Leaving Certificate Examination, 1906
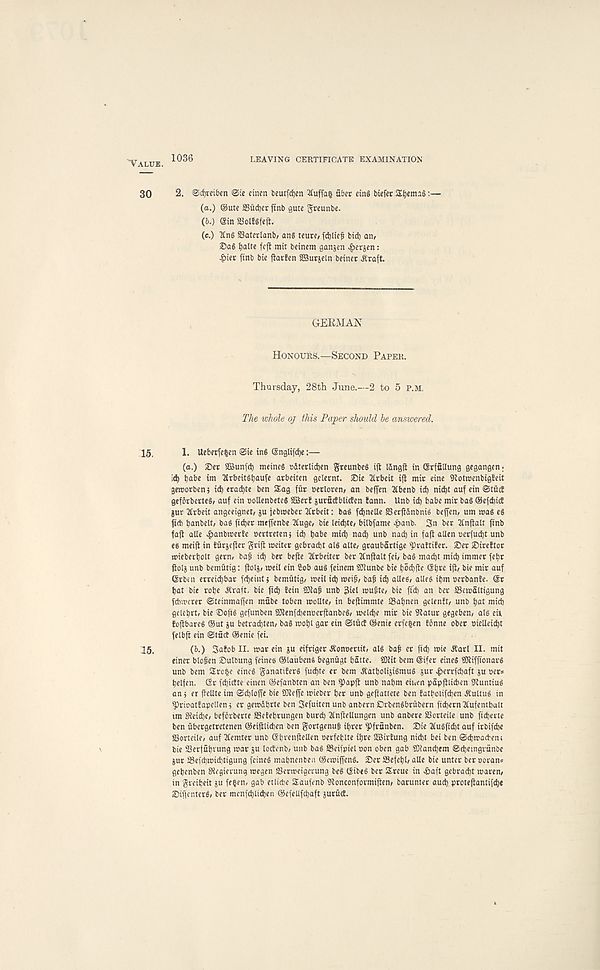
"Value. 1036
LEAVING CERTIFICATE EXAMINATION
30 2. ©cfyreiben ©ie cincn beurfdjen tfuffau fiber eing biefer £fyema§:—
(a.) ©ute SSfi cfyer finb gute greunbe.
(b.) (Sin aiolfSfefl.
(e.) 2Cng SSaterlanb, anS xeute, fd)lief bid) an,
Sag tjalte fcfl rait beinem ganjen ^erjen:
-&ier finb bie fiatfen fSurjeln beiner jtraft.
GERMAN
Honours.—Second Paper.
Thursday, 28th June.—2 to 5 p.m,
The whole oj this Paper should he answered.
15. 1. Ueberfefcen ©ie ing (Snglifdje:—
(a.) £)er SBunfct) meineg cdterlidjen greunbeg ifi Idngft in Grffillung gegangen ;
\ &) babe im 2lrbeitgt)aufe arbeiten gelernt. 25ie 2lrbeit ift mir eine Sflotnjenbigfeit
geroorbenj id) erad)te ben SEag fiir oerloren, an befien 2fbenb icb nid)t auf ein ©tficE
gtfbrberteg, auf ein oollenbeteg 2Ber! jurficfblicten lann. Unb i db babe mir bag ©efdiicE
gut 2(vbeit angeeignet, ju jebnjeber 2frbeit: bag fdbnelle SSerftdnbnig bejfen, um wag eg
ficb banbelt, bag fidjer meffenbe 2fuge, bit leidbte, bilbfame «£anb. 3n ber 2fnjtalt finb
faji alie ^>anbwerbe oertretenj id) babe mid) nacb unb nad) in fafi alien uerfudbt unb
eg meifi in tiirjefter grifi weiter gebracbt alg alte, graubartige spraftifer. 25er iDireftor
wieberbolt gem, bajj id) ber befie 3frbeiter ber tfnjialt fei, bag mad)t mid) immet febr
fiolg unb bemiitig: ftolj, weil ein Cob aug feinem SEiunbe bie bo^fie (5b« ijt, bie mir auf
(Srbtn erreicbbar fd)eint$ bemfitig, meil id) mei^, bafj icb alleg, allee ibm oerbante. Sr
bat bie robe .Strait, bie fid) tein SOl afj unb 3iel mugte, bie fid) an ber SSemaltigung
fdnrcrer ©teinmaffen mfibe toben mollte, in befiimmte 23abnen gelenbt, unb bat mid)
gelebrt, bie ®ofig gefunben SDlenfcbenoerftanbeg, weldje mit bie Statur gegeben, alg eU
foftbareg ©ut ju betrad)ten, bag wot)l gar ein ©tuct ©enie erfe| en fdnne ober melleid)t
felbft ein ©tfict ©enie fei.
15.
(b.) 3afob II. war ein ju eifriger ^onoertit, alg baji er ficb wie .Starl II. mit
einer blo^en ©utbung feineg ©laubeng begnfigt batte. SDiit bem ©ifer eineg SJtiffionarg
unb bem Srofce eineg ganatiferg fud)te er bem dtatbolijiSniug gur $errfd)aft gu oer*
belfen. Sr fd)ictte einen ©efanbten an ben $)apft unb nabm einen papfllicben Stunting
an i er flellte im ©cbloife bie iEtejfe wieber ber unb gefiattere ben fatboiifd)en jCultug in
^)rwat!apellen 5 er gewdbrte ben Sefuiten unb anbern Orbengbrubern fid)ern2£ufembalt
tm Steidje, befdrberte ffietebrungen burd) 2tn(tellungen unb anbere SSorteile unb ftcberte
ben ubergetretenen ©eijilidjen ben gortgenug ibrer ^)frfinben. 2)ie 2Iugfid)t auf irbifcbe
SBorteile, auf tlemter unb Sbrenfiellen oerfeblte ibre SBMrtung nid)t bei ben ©djwad' enc
bie SBerffibrung war gu loctenb, unb bag SScifpiel oon oben gab 50tand)em ©d)etngrfinbe
gur 58efd)Wid)tigung feineg mabnenben ©cwijfeng. ®er SBefebl, alle bie unter ber ooran*
gebenben Stegierung wegen SBerweigerung beg Sibeg ber Sreue in ^aft gebracbt waten,
in gveibeit ju fefcen, gab etlicbe Saufenb Stonconformiften, barunter aud) protefiantifcbe
©iffcnterg, ber mcnfcblicben ©efellfcbaft guruct.